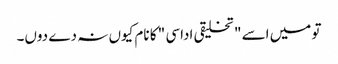
تو میں اسے " تخلیقی اداسی " کا نام کیوں نہ دے دوں۔